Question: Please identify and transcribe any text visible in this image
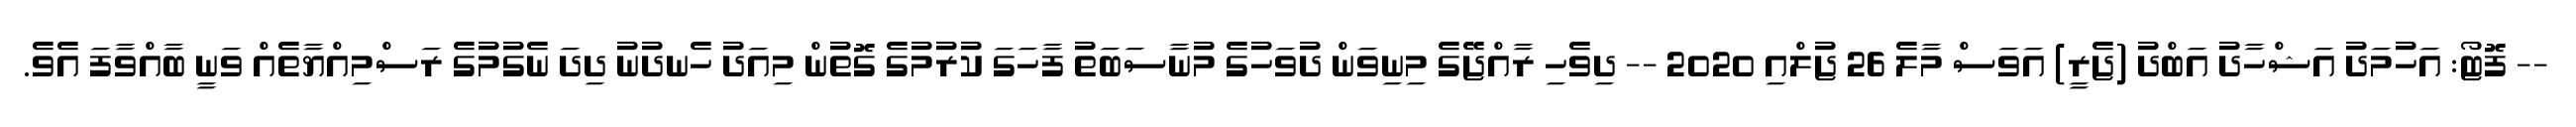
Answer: -- ފޮޓޯ: އަހުމަދު އަޝްހާދު އަބްދު (ޖެރީ) އަވަސް މާލެ 26 ޖުލްއި 2020 -- ދިވެހި ރާއްޖޭގެ މިނިވަން ދުވަހުގެ މުނާސަބަތު ފާހަގަ ކުރުމުގެ ގޮތުން މިއަދު ހެނދުނު ދިދަ ނެގުމުގެ ރަސްމިއްޔާތެއް ވަނީ ބާއްވާފަ އެވެ.